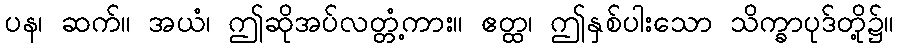
ပန၊ ဆက်။ အယံ၊ ဤဆိုအပ်လတ္တံ့ကား။ ဧတ္ထ၊ ဤနှစ်ပါးသော သိက္ခာပုဒ်တို့၌။